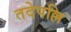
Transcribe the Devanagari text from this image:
तदेपल्लि